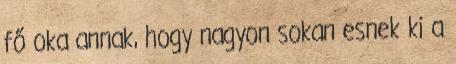
fő oka annak, hogy nagyon sokan esnek ki a